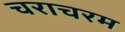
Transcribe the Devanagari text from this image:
चराचरम